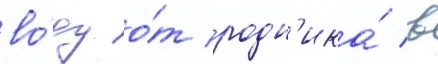
во́ду о́т родн'ика́ в